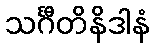
သင်္ဂီတိနိဒါနံ